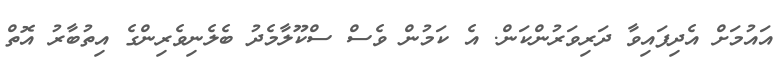
އައުމަށް އެދިފައިވާ ދަރިވަރުންކަން. އެ ކަމުން ވެސް ސްކޫލާމެދު ބެލެނިވެރިންގެ އިތުބާރު އޮތް